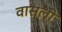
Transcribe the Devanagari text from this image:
वासली